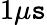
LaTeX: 1\mu\mathtt{s}